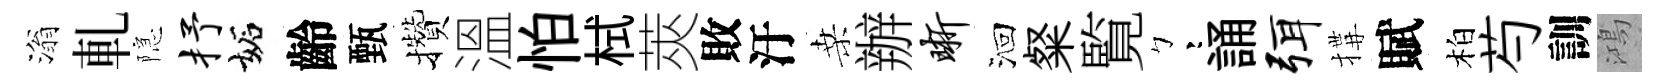
滃軋隠抒妬齡甄攢溫怕栻莢敗汙桑辦晰洄粲覧彎誦弭搆賦柏芍訓鴻